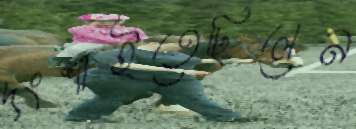
দংশাইতেছিলেন